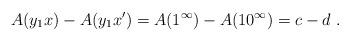
LaTeX: \begin{align*}A(y_1x) - A(y_1x') = A(1^\infty) - A(10^\infty) = c - d \ .\end{align*}